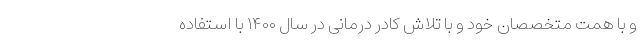
و با همت متخصصان خود و با تلاش کادر درمانی در سال ۱۴۰۰ با استفاده